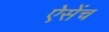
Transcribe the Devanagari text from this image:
ऐसेंच